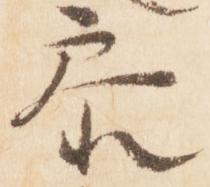
参